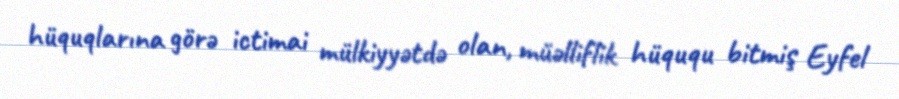
hüquqlarına görə ictimai mülkiyyətdə olan, müəlliflik hüququ bitmiş Eyfel